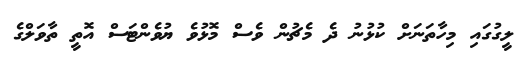
ލީގުގައި މިހާތަނަށް ކުޅުނު ދެ މެޗުން ވެސް މޮޅުވެ ޔުވެންޓަސް އޮތީ ތާވަލްގެ